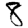
Digit: 8